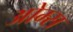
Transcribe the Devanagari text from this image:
ओम्स